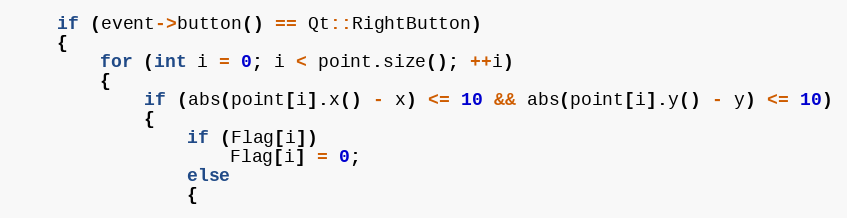
Language: C++
    if (event->button() == Qt::RightButton)
    {
        for (int i = 0; i < point.size(); ++i)
        {
            if (abs(point[i].x() - x) <= 10 && abs(point[i].y() - y) <= 10)
            {
                if (Flag[i])
                    Flag[i] = 0;
                else
                {